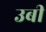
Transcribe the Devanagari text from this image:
उबी